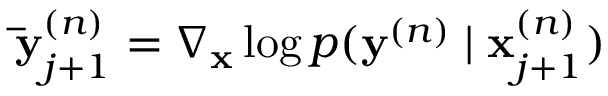
\mathbf { \bar { y } } _ { j + 1 } ^ { ( n ) } = \nabla _ { \mathbf { x } } \log p ( \mathbf { y } ^ { ( n ) } \mid \mathbf { x } _ { j + 1 } ^ { ( n ) } )